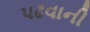
પઢવાની